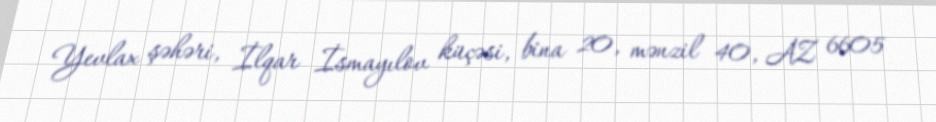
Yevlax şəhəri, İlqar İsmayılov küçəsi, bina 20, mənzil 40, AZ 6605